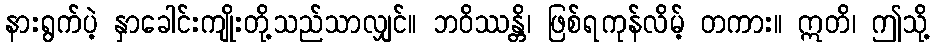
နားရွက်ပဲ့ နှာခေါင်းကျိုးတို့သည်သာလျှင်။ ဘဝိဿန္တိ၊ ဖြစ်ရကုန်လိမ့် တကား။ ဣတိ၊ ဤသို့